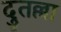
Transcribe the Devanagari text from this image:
दुतल्ला